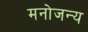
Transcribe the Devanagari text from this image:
मनोजन्य